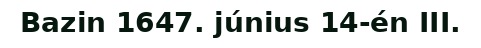
Bazin 1647. június 14-én III.